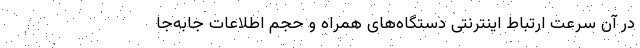
در آن سرعت ارتباط اینترنتی دستگاه‌های همراه و حجم اطلاعات جابه‌جا